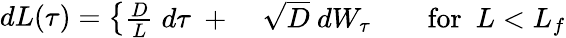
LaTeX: \begin{array}{r}{dL(\tau)=\left\{ \begin{array}{ll}{\frac{D}{L}\; d\tau\ +\; }&{\sqrt{D}\ dW_{\tau}\qquad\mathrm{for}\ \ L<L_{f}}\end{array}\right.}\end{array}